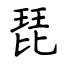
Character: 琵